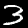
Label: 3